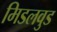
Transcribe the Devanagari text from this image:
मिडलवुड